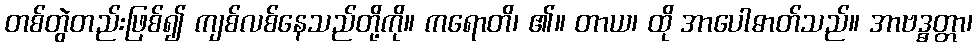
တစ်တွဲတည်းဖြစ်၍ ကျစ်လစ်နေသည်တို့ကို။ ကရောတိ၊ ၏။ တာယ၊ ထို အာပေါဓာတ်သည်။ အာဗဒ္ဓတ္တာ၊